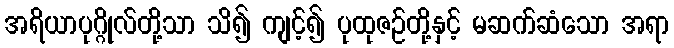
အရိယာပုဂ္ဂိုလ်တို့သာ သိ၍ ကျင့်၍ ပုထုဇဉ်တို့နှင့် မဆက်ဆံသော အရာ